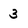
Character: 3